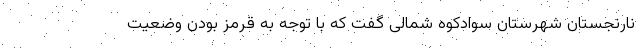
نارنجستان شهرستان سوادکوه شمالی گفت که با توجه به قرمز بودن وضعیت